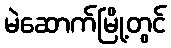
မဲဆောက်မြို့တွင်